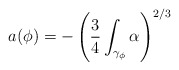
\begin{align*} a(\phi) = - \left( \frac{3}{4}\int_{\gamma_\phi} \alpha \right)^{2/3}\end{align*}